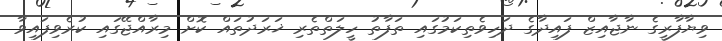
ވިޔާފާރީގެ ނާޖާއިޒް ފައިދާގެ ދަހިވެތިކަމުގައި ތަފާތު ހީލަތްތެރި ޚަރަދުތައް ކޮށް މިރާއްޖޭގައި ކުރެވިފައިވާ